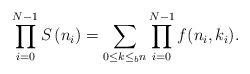
LaTeX: \begin{align*}\prod_{i=0}^{N-1}S\left(n_i\right) = \sum_{0\leq k \leq_b n} \prod_{i=0}^{N-1}f(n_i, k_i).\end{align*}